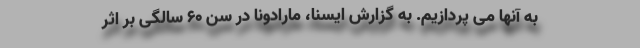
به آنها می پردازیم. به گزارش ایسنا، مارادونا در سن ۶۰ سالگی بر اثر